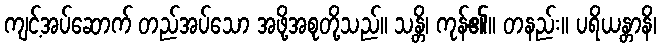
ကျင့်အပ်ဆောက် တည်အပ်သော အဖို့အစုတို့သည်။ သန္တိ၊ ကုန်၏။ တနည်း။ ပရိယန္တာနိ၊